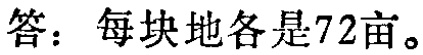
答：每块地各是72亩。